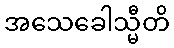
အသေခေါသ္မီတိ